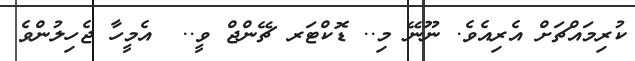
ކުރިމައްޗަށް އެރިއެވެ. ނޫނޭ މި.. ޑޮކްޓަރ ޗޭންޖް ވީ..  އެމީހާ ޖެހިލުންވެ